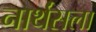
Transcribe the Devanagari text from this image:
नार्थंसला